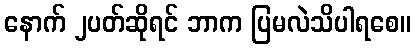
နောက် ၂ပတ်ဆိုရင် ဘာက ပြမလဲသိပါရစေ။